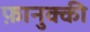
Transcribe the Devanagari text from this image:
फ़ानुक्की